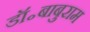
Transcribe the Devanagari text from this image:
डॉ॰बाबुराम